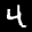
Label: 4